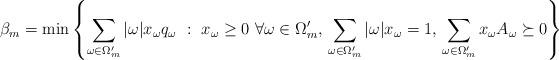
LaTeX: \begin{align*} \beta_m &= \min \left\{\sum_{\omega \in \Omega_m'} |\omega| x_{\omega}q_{\omega} \, \,:\, \, x_{\omega} \geq 0 \,\, \forall \omega \in \Omega_m', \,\sum_{\omega \in \Omega_m'} |\omega| x_{\omega}= 1, \, \sum_{\omega \in \Omega_m'} x_{\omega} A_{\omega} \succeq 0 \right\}\end{align*}